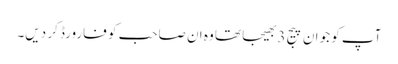
آپ کو جو ان پیج 3 بھیجا تھا وہ ان صاحب کو فارورڈ کر دیں۔